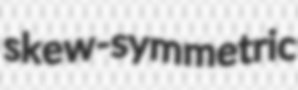
skew-symmetric